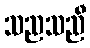
သညသညီ